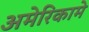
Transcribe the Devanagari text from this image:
अमेरिकामे